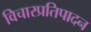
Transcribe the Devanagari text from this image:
विचारप्रतिपादन